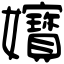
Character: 𡤧